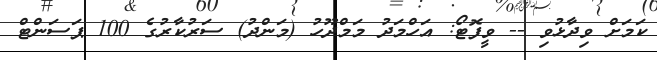
ކަމަށް ވިދާޅުވި -- ވީފޮޓޯ: އަހްމަދު މަމްދޫހު (މަންދު) ސަރުކާރުގެ 100 ޕަސަންޓް